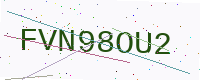
Text: FVN98OU2